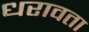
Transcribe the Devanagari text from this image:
धरावता